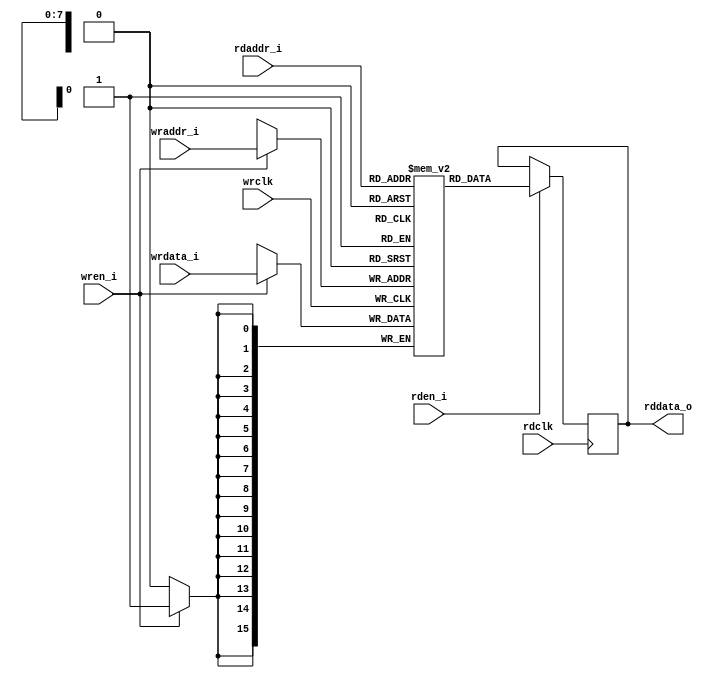
/********************************************************************
 *
 *   Version:    v1.0
 *   Note:       The simple dual-port sram
 *
 *********************************************************************/

module sram #(parameter ADDR_WIDTH      =  8,
                        DATA_WIDTH      =  16)
            (
                rddata_o        ,
                wraddr_i        ,
                rdaddr_i        ,
                wrdata_i        ,
                wren_i          ,
                rden_i          ,
                wrclk           ,
                rdclk
            );

    parameter   MEM_DEPTH               =       2 ** ADDR_WIDTH                 ;

    output      [DATA_WIDTH-1           :0]         rddata_o                    ;                   //output data
    input       [DATA_WIDTH-1           :0]         wrdata_i                    ;                   //input data
    input       [ADDR_WIDTH-1           :0]         wraddr_i                    ;                   //write data address signal
    input       [ADDR_WIDTH-1           :0]         rdaddr_i                    ;                   //output data address signal
    input                                           wren_i                      ;                   //write data contral signal
    input                                           rden_i                      ;                   //read data contral signal
    input                                           wrclk                       ;                   //write data clock
    input                                           rdclk                       ;                   //read data clock

    reg         [DATA_WIDTH-1           :0]         rddata_o;
    reg         [DATA_WIDTH-1           :0]         mem         [MEM_DEPTH-1:0] ;                   //register

    //writing data
    always@(posedge wrclk)  begin
        if(wren_i) begin
            mem[wraddr_i] <= wrdata_i;
        end
    end

    //reading data 
    always@(posedge rdclk)  begin
        if(rden_i) begin
            rddata_o <= mem[rdaddr_i];
        end   
    end

endmodule